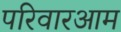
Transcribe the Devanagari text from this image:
परिवारआम